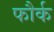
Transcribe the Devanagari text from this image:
फौर्क